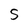
Character: s